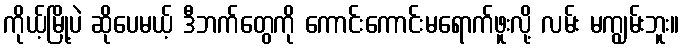
ကိုယ့်မြို့ပဲ ဆိုပေမယ့် ဒီဘက်တွေကို ကောင်းကောင်းမရောက်ဖူးလို့ လမ်း မကျွမ်းဘူး။